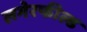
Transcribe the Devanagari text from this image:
लगेरफील्ड